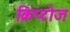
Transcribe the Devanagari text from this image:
क्रिप्टोज